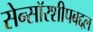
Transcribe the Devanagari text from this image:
सेन्सॉरशीपबद्दल